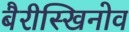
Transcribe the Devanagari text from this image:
बैरीस्खिनोव